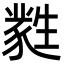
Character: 㽔